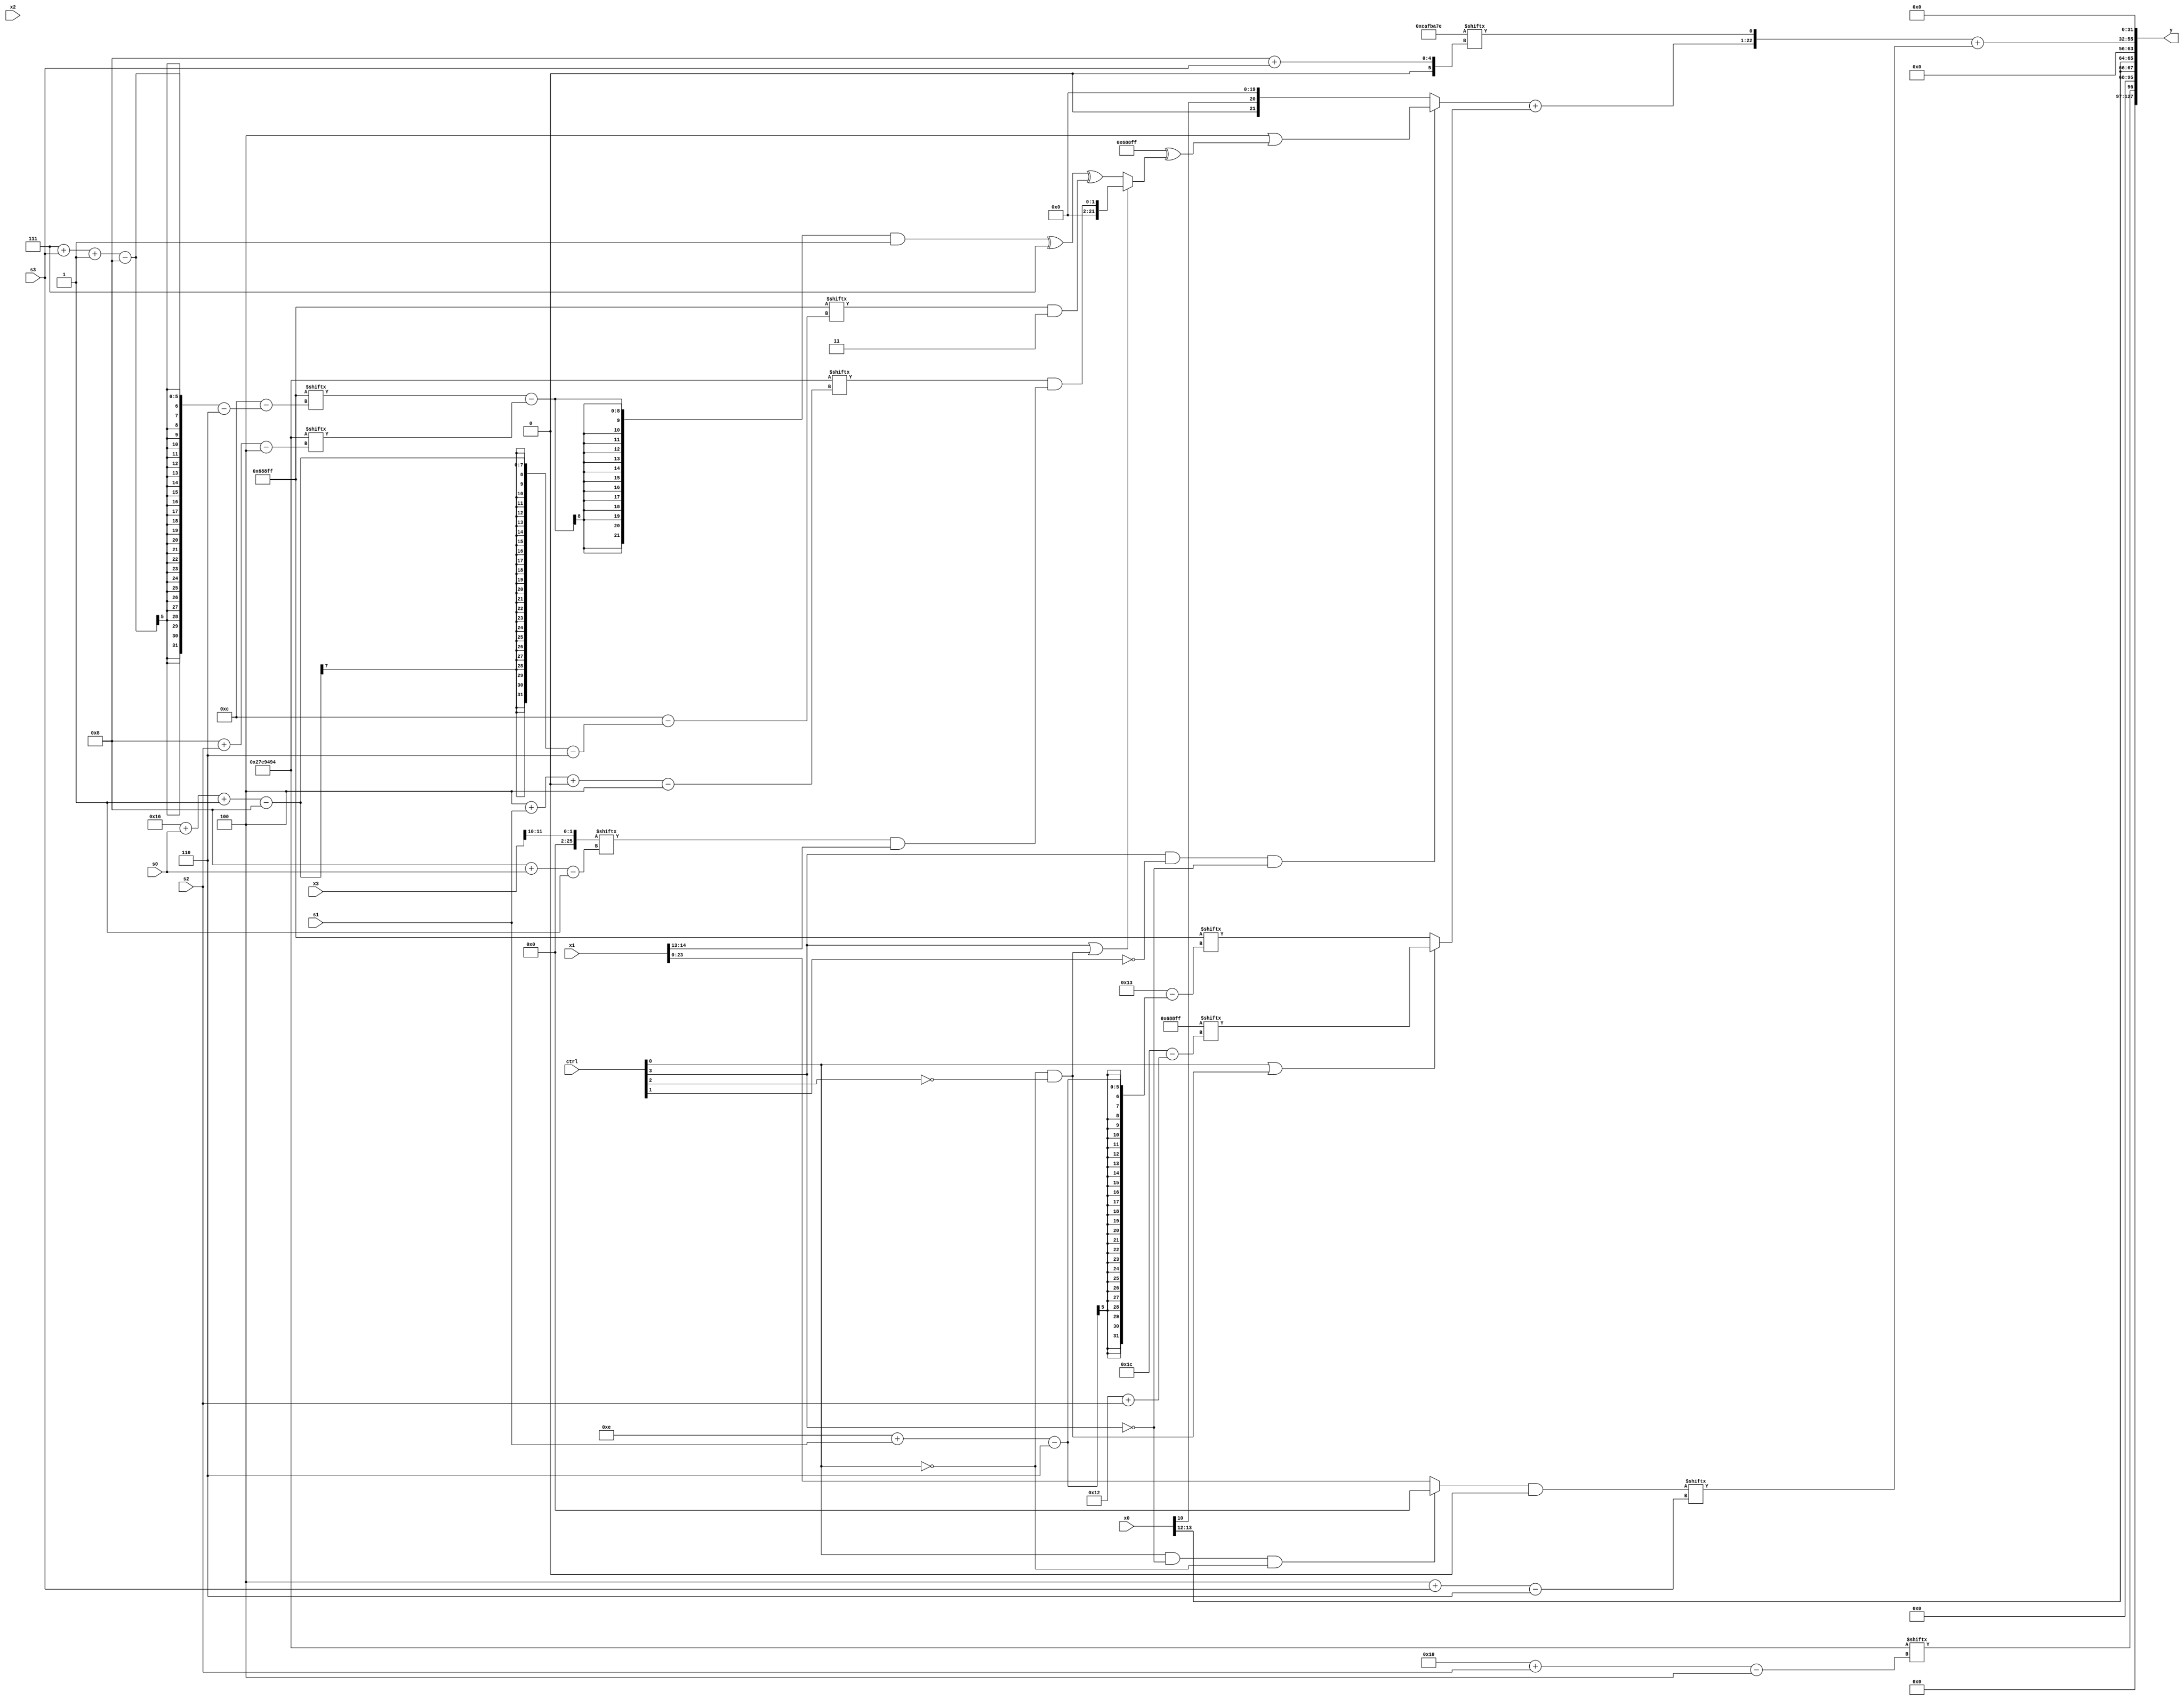
module partsel_00211(ctrl, s0, s1, s2, s3, x0, x1, x2, x3, y);
  input [3:0] ctrl;
  input [2:0] s0;
  input [2:0] s1;
  input [2:0] s2;
  input [2:0] s3;
  input signed [31:0] x0;
  input signed [31:0] x1;
  input [31:0] x2;
  input signed [31:0] x3;
  wire [0:25] x4;
  wire [24:0] x5;
  wire signed [31:2] x6;
  wire [2:28] x7;
  wire [26:1] x8;
  wire [3:26] x9;
  wire [6:27] x10;
  wire signed [29:6] x11;
  wire signed [0:28] x12;
  wire signed [6:25] x13;
  wire [1:30] x14;
  wire [4:28] x15;
  output [127:0] y;
  wire signed [31:0] y0;
  wire signed [31:0] y1;
  wire signed [31:0] y2;
  wire signed [31:0] y3;
  assign y = {y0,y1,y2,y3};
  localparam [6:25] p0 = 612796671;
  localparam [31:0] p1 = 212843134;
  localparam signed [4:24] p2 = 288436136;
  localparam signed [30:4] p3 = 444503188;
  assign x4 = ({2{x3}} + ((({x0[15 + s0 +: 5], x3} - (x2[13 -: 1] & x2)) ^ x0) ^ p3[23 + s1 +: 5]));
  assign x5 = (p1[31 + s3 -: 6] & {(p2 & (ctrl[1] || !ctrl[3] || ctrl[1] ? {2{p2[24 + s3 +: 4]}} : (ctrl[0] && !ctrl[1] && !ctrl[1] ? x4[13 + s0] : p0))), {p2[14 +: 2], (p2 | p0[9 +: 1])}});
  assign x6 = (!ctrl[2] || ctrl[3] || ctrl[3] ? p3[20 -: 4] : {2{x1[8 +: 2]}});
  assign x7 = ((ctrl[2] && ctrl[3] || ctrl[0] ? (ctrl[0] && ctrl[1] || !ctrl[2] ? ((p1[4 + s3 +: 7] | x3[15 -: 4]) | x0[21 -: 4]) : x2[29 + s2 -: 5]) : (p1 + p3[5 + s0])) + x6[18 +: 1]);
  assign x8 = x3[10 +: 2];
  assign x9 = (p3[4 + s1 +: 1] & (x8[8 + s0] & x1[13 +: 2]));
  assign x10 = (ctrl[3] || !ctrl[0] && !ctrl[2] ? x9 : ((((p0[7 + s3 -: 8] - p3[8 + s2]) & p2[13]) ^ p0[17 +: 4]) ^ (p0[22 + s0 -: 8] & p3[22 -: 2])));
  assign x11 = ((ctrl[0] && !ctrl[3] && !ctrl[0] ? x9[15 -: 3] : x1) & x6[23 -: 4]);
  assign x12 = p0;
  assign x13 = p3[9];
  assign x14 = x13[12 + s3 +: 4];
  assign x15 = (x3[16 -: 1] ^ (x8[19 + s1] | x9));
  assign y0 = p3[16 + s2];
  assign y1 = {2{x0[13 -: 2]}};
  assign y2 = ({((ctrl[3] && !ctrl[1] && !ctrl[3] ? (p0[16 -: 3] | (p0 ^ x10)) : {x0[10], x13}) + (ctrl[0] || !ctrl[2] && !ctrl[0] ? x12[18 + s2] : p0[14 + s1])), p1[8 + s3]} + x11[4 + s3]);
  assign y3 = x8[18 +: 4];
endmodule